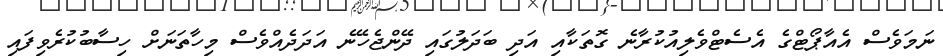
ނަމަވެސް އެއާޕޯޓްގެ އެސެޓްވެލިއުކުރާނެ ގޮތަކާއި އަދި ބަދަލުގައި ދޭންޖެހޭނެ އަދަދެއްވެސް މިހާތަނަށް ހިސާބުކުރެވިފައި